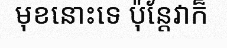
មុខនោះទេ ប៉ុន្តែវាក៏